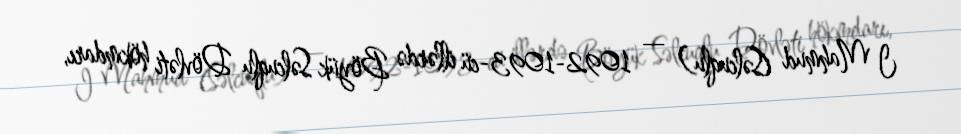
I Mahmud (Səlcuqlu) — 1092-1093-cü illərdə Böyük Səlcuqlu Dövləti hökmdarı,